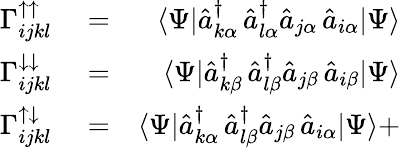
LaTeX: \begin{array}{rlr}{\Gamma_{ijkl}^{\uparrow\uparrow}}&{{}=}&{\langle\Psi|\hat{a}_{k\alpha}^{\dagger}\, \hat{a}_{l\alpha}^{\dagger}\hat{a}_{j\alpha}\, \hat{a}_{i\alpha}|\Psi\rangle}\\ {\Gamma_{ijkl}^{\downarrow\downarrow}}&{{}=}&{\langle\Psi|\hat{a}_{k\beta}^{\dagger}\, \hat{a}_{l\beta}^{\dagger}\hat{a}_{j\beta}\, \hat{a}_{i\beta}|\Psi\rangle}\\ {\Gamma_{ijkl}^{\uparrow\downarrow}}&{{}=}&{\langle\Psi|\hat{a}_{k\alpha}^{\dagger}\, \hat{a}_{l\beta}^{\dagger}\hat{a}_{j\beta}\, \hat{a}_{i\alpha}|\Psi\rangle+}\end{array}